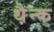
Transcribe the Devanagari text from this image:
थ़ैन्क